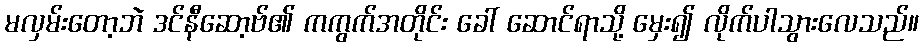
မလှမ်းတော့ဘဲ ဒင်နီဆော့ဗ်၏ ကကွက်အတိုင်း ခေါ် ဆောင်ရာသို့ မှေး၍ လိုက်ပါသွားလေသည်။